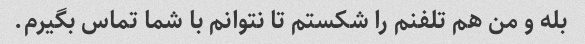
بله و من هم تلفنم را شکستم تا نتوانم با شما تماس بگیرم.